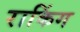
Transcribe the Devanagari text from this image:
राकिंग